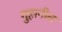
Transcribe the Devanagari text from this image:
गुहानील